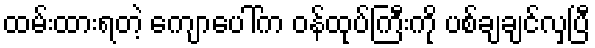
ထမ်းထားရတဲ့ ကျောပေါ်က ဝန်ထုပ်ကြီးကို ပစ်ချချင်လှပြီ